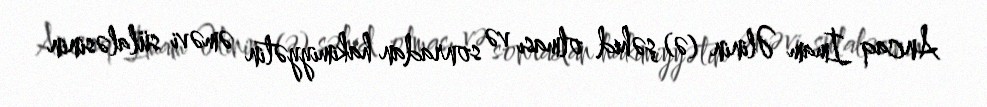
Ancaq İmam Əlinin (ə) şəhid olması və sonradan hakimiyyətin əməvi sülaləsinin